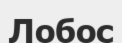
Лобос